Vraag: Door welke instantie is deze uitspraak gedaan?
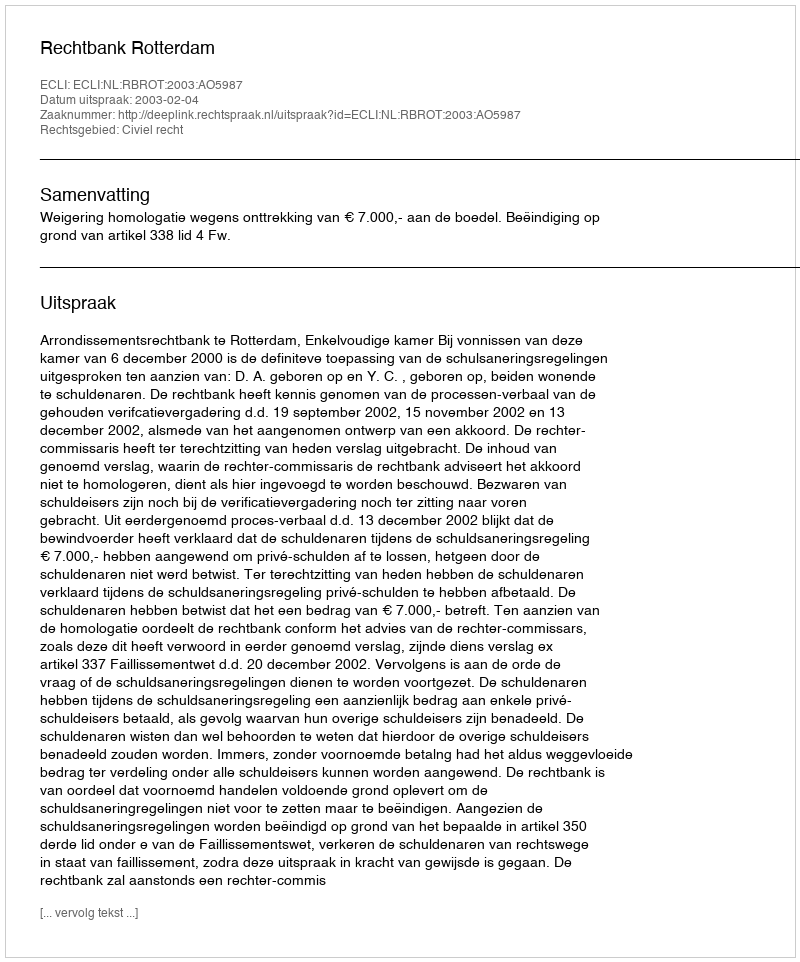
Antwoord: Rechtbank Rotterdam